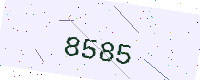
Text: 8585